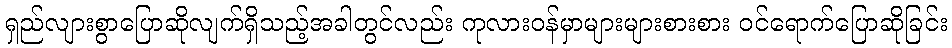
ရှည်လျားစွာပြောဆိုလျက်ရှိသည့်အခါတွင်လည်း ကုလားဝန်မှာများများစားစား ဝင်ရောက်ပြောဆိုခြင်း